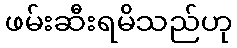
ဖမ်းဆီးရမိသည်ဟု